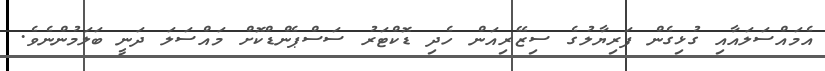
އެމައްސަލައާއި ގުޅިގެން ފަރިޔާލުގެ ސިޒޭރިއަން ހެދި ޑޮކްޓަރު ސަސްޕެންޑްކޮށް މައްސަލަ ދަނީ ބަލަމުންނެވެ.